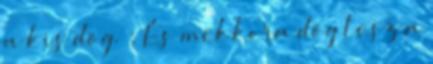
a kis dög. ; És mekkora dög lesz a